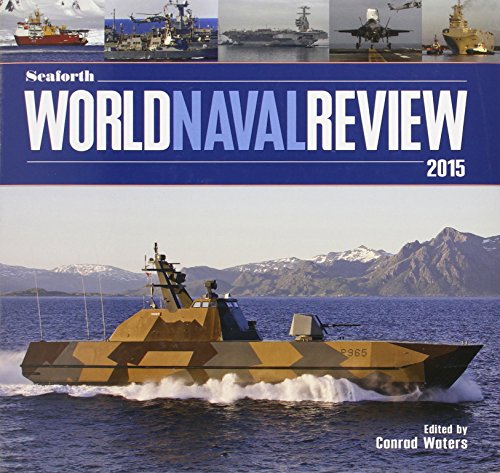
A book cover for Seaforth World Naval Review, 2015; Arts & Photography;